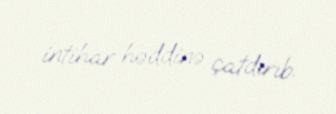
intihar həddinə çatdırıb.